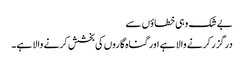
بے شک وہی خطاؤں سے
درگزر کرنے والا ہے اور گناہ گاروں کی بخشش کرنے والا ہے۔